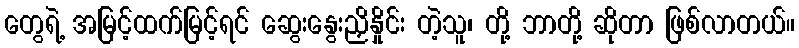
တွေရဲ့ အမြင့်ထက်မြင့်ရင် ဆွေးနွေးညှိနှိုင်း တဲ့သူ၊ တို့ ဘာတို့ ဆိုတာ ဖြစ်လာတယ်။